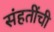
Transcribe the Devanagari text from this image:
संहतींची